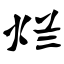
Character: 烂